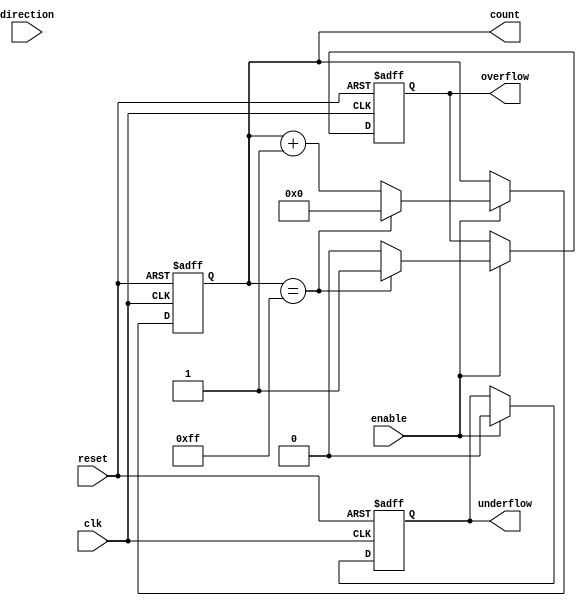
module parameterized_counter #(
    parameter WIDTH = 8,            // Parameter for the bit width
    parameter MODE = 0              // 0: UP, 1: DOWN, 2: UP_DOWN
) (
    input wire clk,                 // Clock signal
    input wire reset,               // Asynchronous reset
    input wire enable,              // Enable counting
    input wire direction,           // Direction signal (only used in UP_DOWN mode)
    output reg [WIDTH-1:0] count,   // Current count value
    output reg overflow,            // Overflow flag
    output reg underflow            // Underflow flag
);

    // Local parameters for maximum and minimum values
    localparam MAX_COUNT = (1 << WIDTH) - 1; // Maximum value for WIDTH bits
    localparam MIN_COUNT = 0;                 // Minimum value (0)

    // Sequential logic for counter operation
    always @(posedge clk or posedge reset) begin
        if (reset) begin
            count <= MIN_COUNT; // Reset counter to 0
            overflow <= 0;      // Clear overflow flag
            underflow <= 0;     // Clear underflow flag
        end else if (enable) begin
            case (MODE)
                2'b00: begin // UP mode
                    if (count == MAX_COUNT) begin
                        overflow <= 1; // Set overflow flag
                        count <= MIN_COUNT; // Wrap around
                    end else begin
                        overflow <= 0; // Clear overflow flag
                        count <= count + 1; // Increment counter
                    end
                    underflow <= 0; // Clear underflow flag
                end

                2'b01: begin // DOWN mode
                    if (count == MIN_COUNT) begin
                        underflow <= 1; // Set underflow flag
                        count <= MIN_COUNT; // Stay at minimum
                    end else begin
                        underflow <= 0; // Clear underflow flag
                        count <= count - 1; // Decrement counter
                    end
                    overflow <= 0; // Clear overflow flag
                end

                2'b10: begin // UP_DOWN mode
                    if (direction) begin // Count up
                        if (count == MAX_COUNT) begin
                            overflow <= 1; // Set overflow flag
                            count <= MIN_COUNT; // Wrap around
                        end else begin
                            overflow <= 0; // Clear overflow flag
                            count <= count + 1; // Increment counter
                        end
                        underflow <= 0; // Clear underflow flag
                    end else begin // Count down
                        if (count == MIN_COUNT) begin
                            underflow <= 1; // Set underflow flag
                            count <= MIN_COUNT; // Stay at minimum
                        end else begin
                            underflow <= 0; // Clear underflow flag
                            count <= count - 1; // Decrement counter
                        end
                        overflow <= 0; // Clear overflow flag
                    end
                end

                default: begin
                    // Handle unexpected MODE values
                    count <= MIN_COUNT;
                    overflow <= 0;
                    underflow <= 0;
                end
            endcase
        end
    end

endmodule